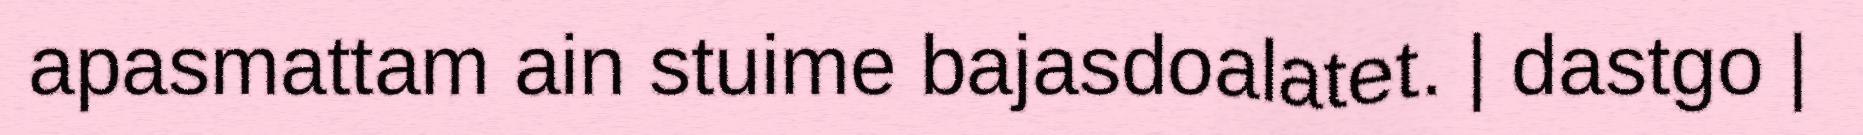
apasmattam ain stuime bajasdoalatet. | dastgo |